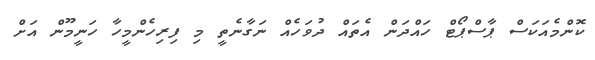
ކޮންމެއަކަސް ޕާސްޕޯޓް ހައްދަން އެތައް ދުވަހެއް ނަގާނެތީ މި ފިރިހެންމީހާ ހަނީމޫން އަށް